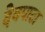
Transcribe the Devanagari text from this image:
देवपाटा